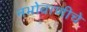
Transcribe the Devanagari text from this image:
नभोवाणीचे